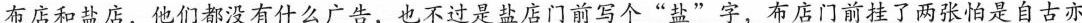
布店和盐店，他们都没有什么广告，也不过是盐店门前写个“盐”字，布店门前挂了两张怕是自古亦